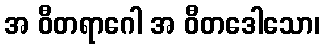
အ ဝီတရာဂေါ အ ဝီတဒေါသော၊